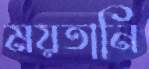
ময়তানি